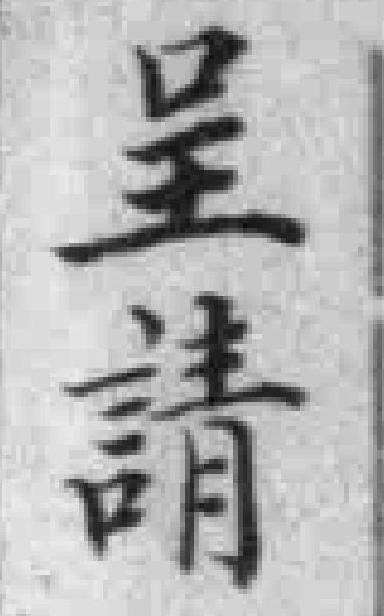
呈請